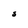
Character: J